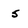
Character: s